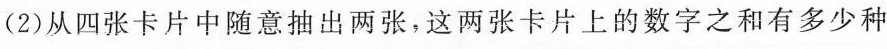
(2)从四张卡片中随意抽出两张，这两张卡片上的数字之和有多少种